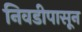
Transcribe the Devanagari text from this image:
निवडीपासून